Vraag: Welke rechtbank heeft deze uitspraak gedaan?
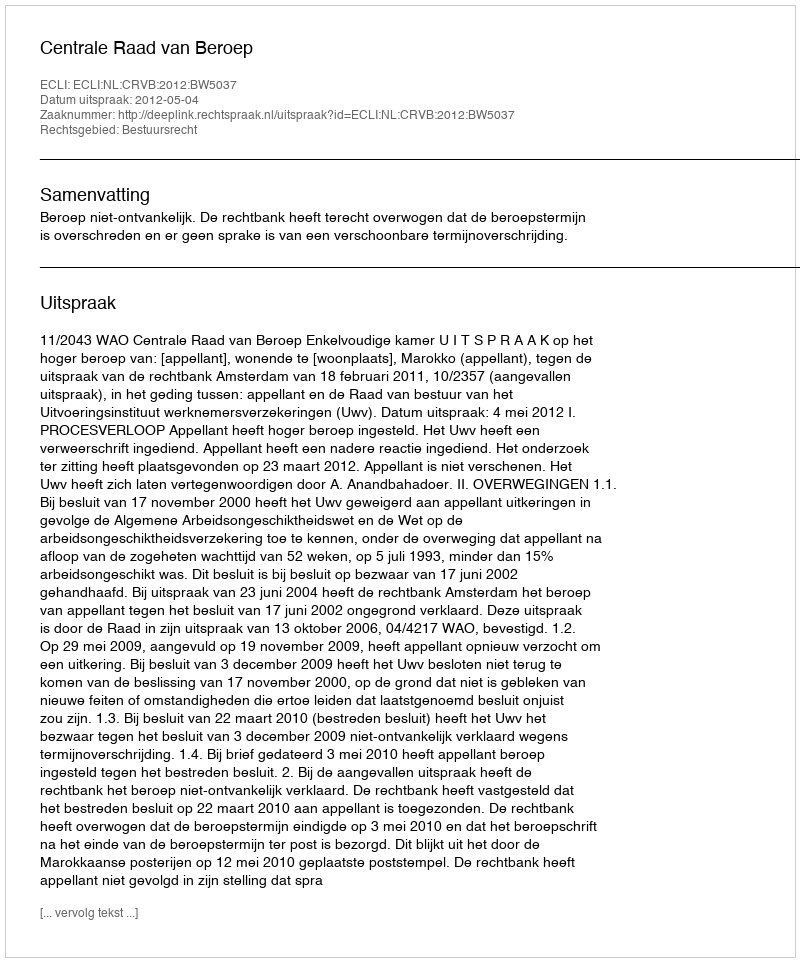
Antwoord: Centrale Raad van Beroep